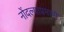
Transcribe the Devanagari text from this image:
नोंदल्याप्रमाणे